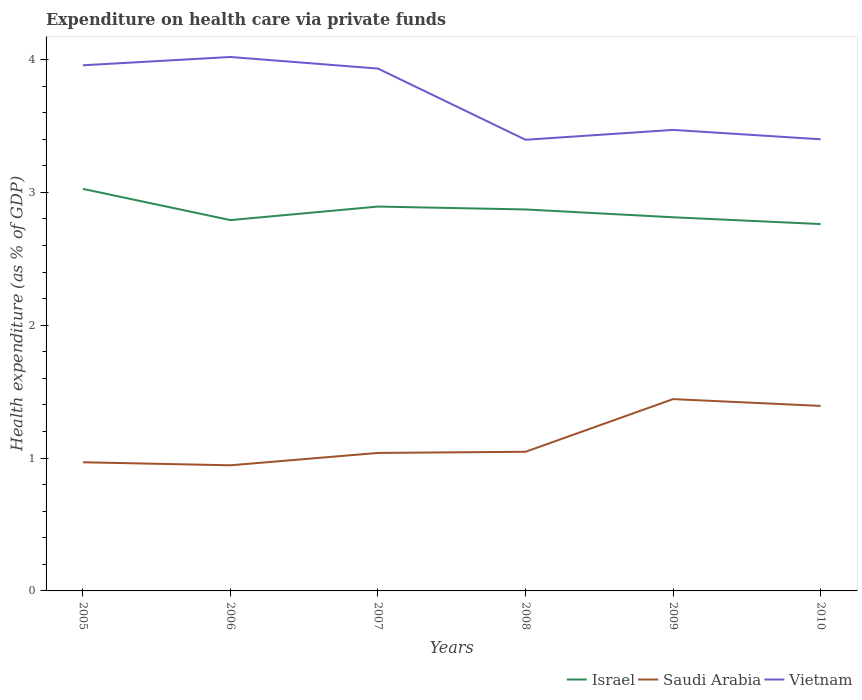
| Years | Israel | Saudi Arabia | Vietnam |
 | --- | --- | --- | --- |
 | 2005 | 3.03 | 0.969 | 3.96 |
 | 2006 | 2.79 | 0.946 | 4.02 |
 | 2007 | 2.89 | 1.04 | 3.93 |
 | 2008 | 2.87 | 1.05 | 3.4 |
 | 2009 | 2.81 | 1.44 | 3.47 |
 | 2010 | 2.76 | 1.39 | 3.4 |